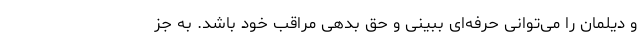
و دیلمان را می‌توانی حرفه‌ای ببینی و حق بدهی مراقب خود باشد. به جز